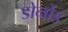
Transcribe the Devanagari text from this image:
डोर्नोड